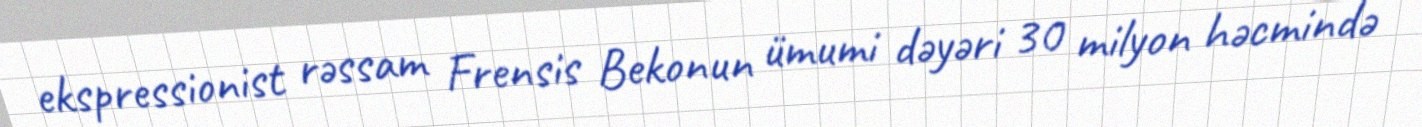
ekspressionist rəssam Frensis Bekonun ümumi dəyəri 30 milyon həcmində